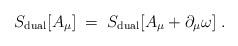
\begin{align*}S_{{\rm dual}}[A_\mu ]\;=\;S_{{\rm dual}}[A_\mu +\partial _\mu \omega ]\;.\end{align*}